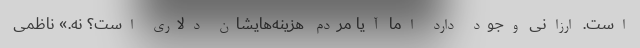
است. ارزانی وجود دارد اما آیا مردم هزینه‌هایشان دلاری است؟ نه.» ناظمی